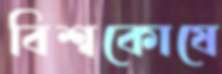
বিশ্বকোষে